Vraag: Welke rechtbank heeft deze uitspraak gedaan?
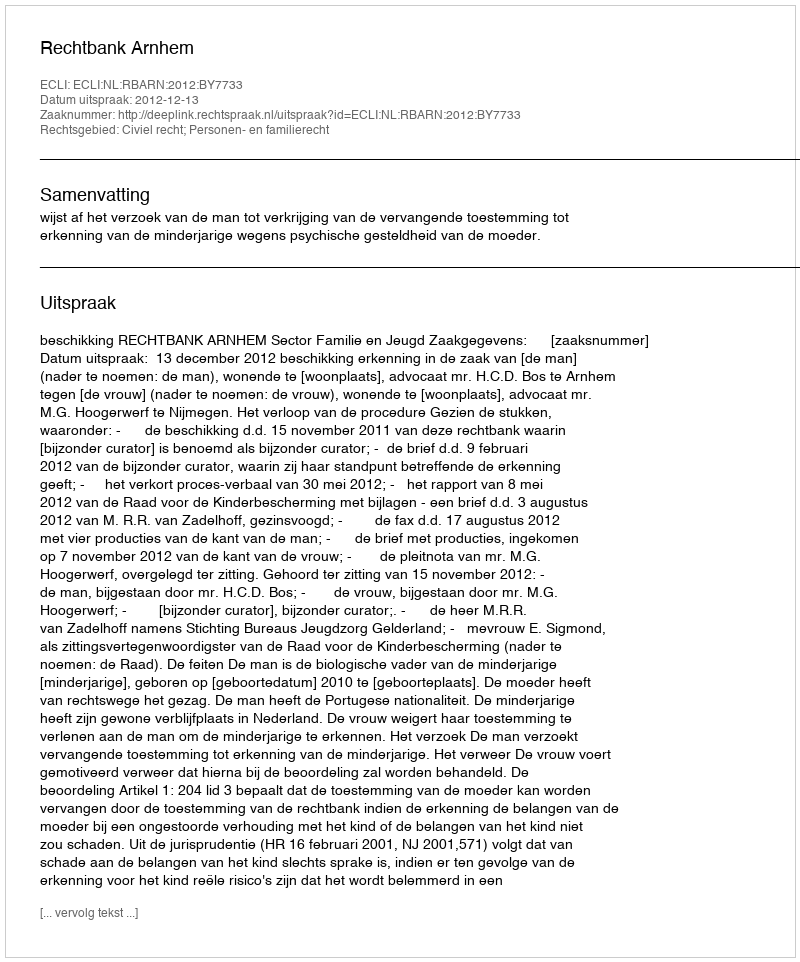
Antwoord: Rechtbank Arnhem